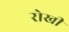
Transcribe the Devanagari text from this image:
रोखी